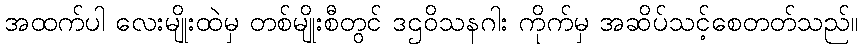
အထက်ပါ လေးမျိုးထဲမှ တစ်မျိုးစီတွင် ဒဌဝိသနဂါး ကိုက်မှ အဆိပ်သင့်စေတတ်သည်။